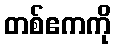
တစ်ဧကကို